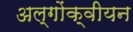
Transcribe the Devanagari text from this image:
अल्गोंक्वीयन